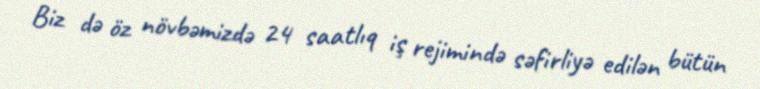
Biz də öz növbəmizdə 24 saatlıq iş rejimində səfirliyə edilən bütün